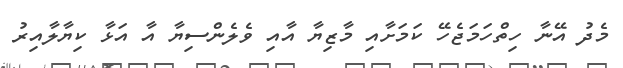
މެދު އޭނާ ހިތްހަމަޖެހޭ ކަމަށާއި މާޒިޔާ އާއި ވެލެންސިޔާ އާ އަޅާ ކިޔާލާއިރު